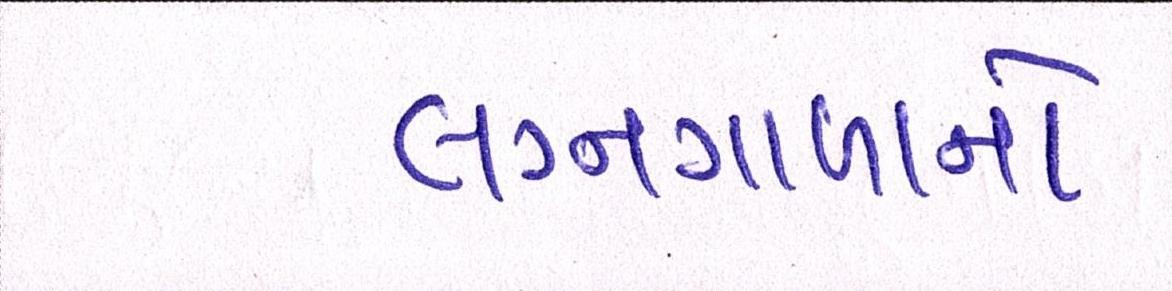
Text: લગ્નગાળાનો